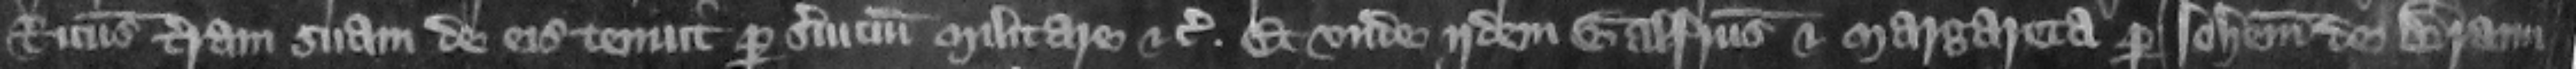
Ricardus terram suam de eis tenuit per seruicium militare etc. Et vnde idem Galfridus et Margareta per Iohannem de Braun